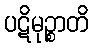
ပဋိမုဉ္စာတိ